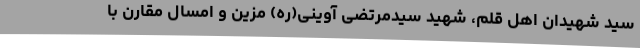
سید شهیدان اهل قلم، شهید سیدمرتضی آوینی(ره) مزین و امسال مقارن با